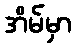
အိမ်မှာ